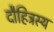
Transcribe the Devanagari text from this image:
दौहित्रस्य